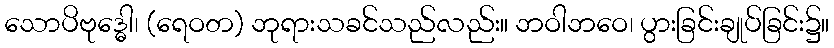
သောပိဗုဒ္ဓေါ၊ (ရေဝတ) ဘုရားသခင်သည်လည်း။ ဘဝါဘဝေ၊ ပွားခြင်းချုပ်ခြင်း၌။